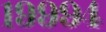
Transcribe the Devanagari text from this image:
१९९९४